Vaccination in Burma 1920-1933 - 1920-1933
Year: 1920
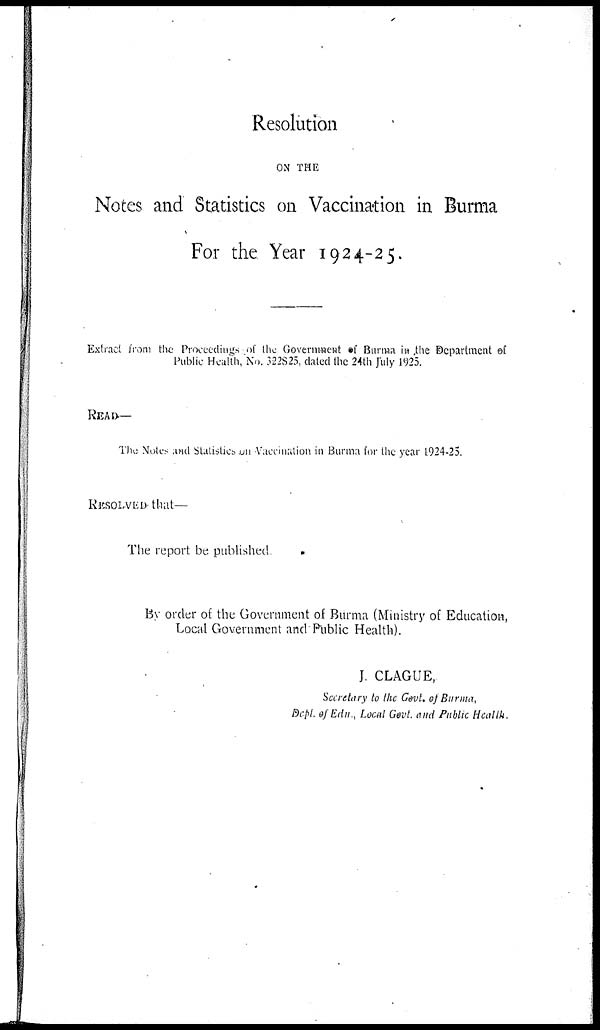
Resolution
ON THE
Notes and Statistics on Vaccination in Burma
For the Year 1924-25.
Extract from the Proceedings of the Government of Burma in ,the Department of
Public Health, No. 322S25, dated the 24th July 1925.
READ—
The Notes and Statistics on Vaccination in Burma for the year 1924-25.
RESOLVED that—
The report be published
By order of the Government of Burma (Ministry of Education,
Local Government and Public Health).
J. CLAGUE,
Secretary to the Govt. of Burma,
Dept. of Edu., Local Govt. and Public Health.